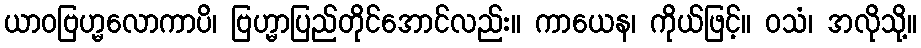
ယာဝဗြဟ္မလောကာပိ၊ ဗြဟ္မာပြည်တိုင်အောင်လည်း။ ကာယေန၊ ကိုယ်ဖြင့်။ ဝသံ၊ အလိုသို့။